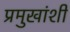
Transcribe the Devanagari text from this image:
प्रमुखांशी